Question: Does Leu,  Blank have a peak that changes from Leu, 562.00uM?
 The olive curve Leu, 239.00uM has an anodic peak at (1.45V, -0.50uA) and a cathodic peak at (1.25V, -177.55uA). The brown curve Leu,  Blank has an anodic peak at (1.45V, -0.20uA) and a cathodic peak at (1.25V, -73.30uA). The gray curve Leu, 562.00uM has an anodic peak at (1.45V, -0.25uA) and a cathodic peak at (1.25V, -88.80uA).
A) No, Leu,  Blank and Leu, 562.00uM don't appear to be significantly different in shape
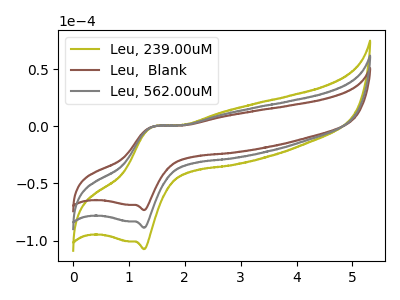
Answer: <think>All the peaks in "Leu,  Blank" have a peak in "Leu, 562.00uM" at the same potential.
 </think>
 <answer>A) No, "Leu,  Blank" and "Leu, 562.00uM" don't appear to be significantly different in shape</answer>
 <eval>A</eval>